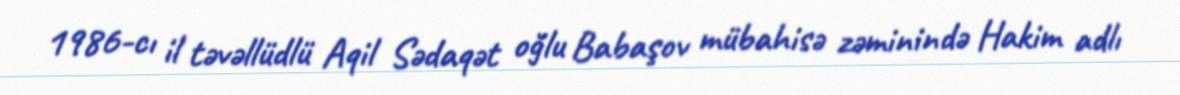
1986-cı il təvəllüdlü Aqil Sədaqət oğlu Babaşov mübahisə zəminində Hakim adlı